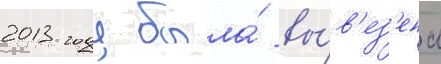
2013 году была́ вы́в'ез'ена